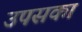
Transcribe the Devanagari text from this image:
उपसका